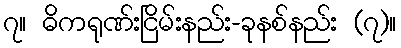
၇။ ဓိကရုဏ်းငြိမ်းနည်း-ခုနစ်နည်း (၇)။